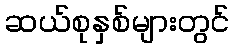
ဆယ်စုနှစ်များတွင်